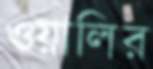
ওয়ালির